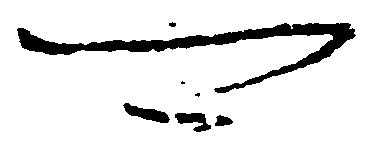
可